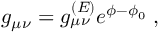
g _ { \mu \nu } = g _ { \mu \nu } ^ { ( E ) } e ^ { \phi - \phi _ { 0 } } \; ,